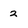
Character: 2